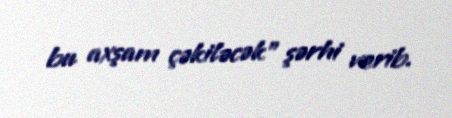
bu axşam çəkiləcək" şərhi verib.